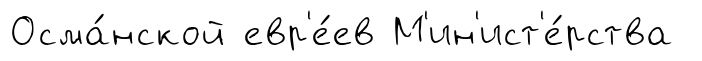
Осма́нской евр'е́ев М'ин'ист'е́рства